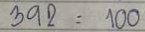
392 = 100